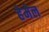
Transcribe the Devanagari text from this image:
हेमेल